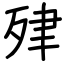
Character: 肂